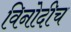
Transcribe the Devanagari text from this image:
विनोदीच